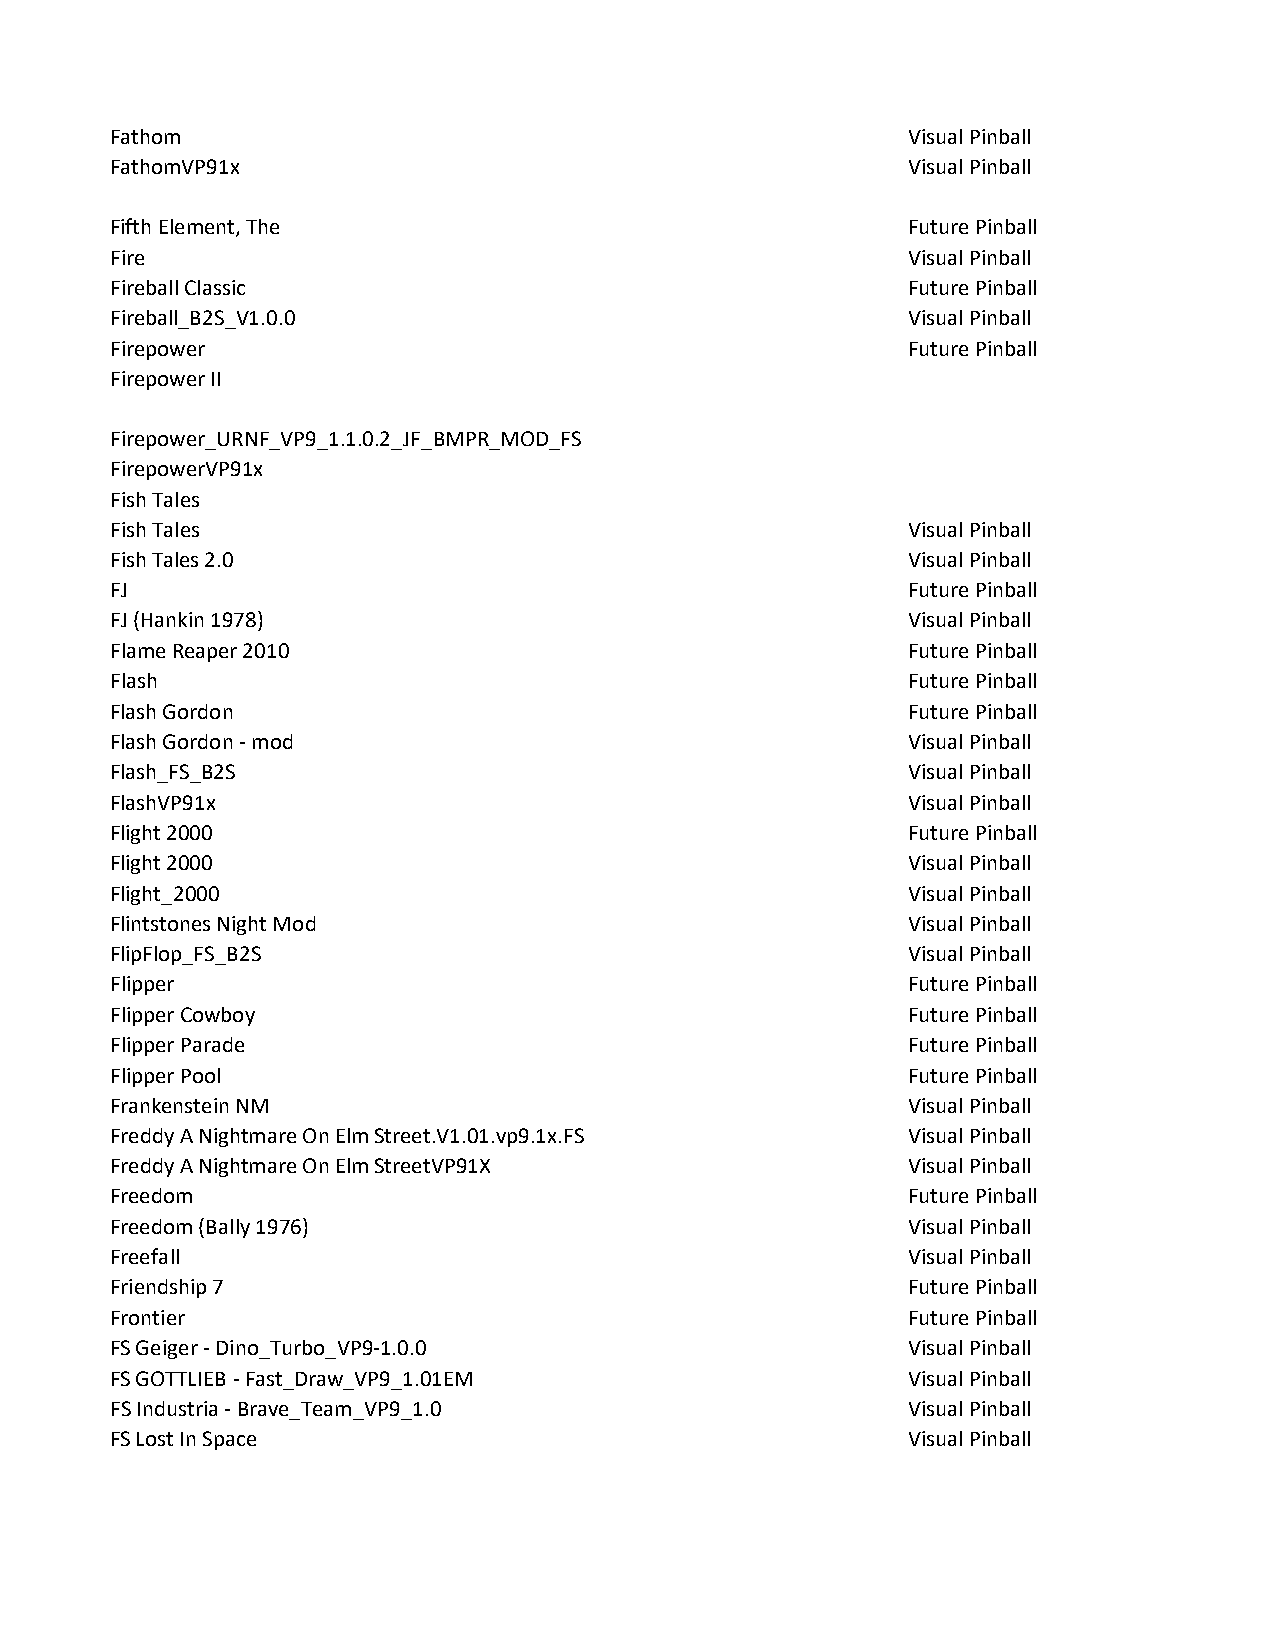
Fathom                                               Visual Pinball
 FathomVP91x                                          Visual Pinball
 Fifth Element, The                                   Future Pinball
 Fire                                                 Visual Pinball
 Fireball Classic                                     Future Pinball
 Fireball_B2S_V1.0.0                                  Visual Pinball
 Firepower                                            Future Pinball
 Firepower II
 Firepower_URNF_VP9_1.1.0.2_JF_BMPR_MOD_FS
 FirepowerVP91x
 Fish Tales
 Fish Tales                                           Visual Pinball
 Fish Tales 2.0                                       Visual Pinball
 FJ                                                   Future Pinball
 FJ (Hankin 1978)                                     Visual Pinball
 Flame Reaper 2010                                    Future Pinball
 Flash                                                Future Pinball
 Flash Gordon                                         Future Pinball
 Flash Gordon - mod                                   Visual Pinball
 Flash_FS_B2S                                         Visual Pinball
 FlashVP91x                                           Visual Pinball
 Flight 2000                                          Future Pinball
 Flight 2000                                          Visual Pinball
 Flight_2000                                          Visual Pinball
 Flintstones Night Mod                                Visual Pinball
 FlipFlop_FS_B2S                                      Visual Pinball
 Flipper                                              Future Pinball
 Flipper Cowboy                                       Future Pinball
 Flipper Parade                                       Future Pinball
 Flipper Pool                                         Future Pinball
 Frankenstein NM                                      Visual Pinball
 Freddy A Nightmare On Elm Street.V1.01.vp9.1x.FS     Visual Pinball
 Freddy A Nightmare On Elm StreetVP91X                Visual Pinball
 Freedom                                              Future Pinball
 Freedom (Bally 1976)                                 Visual Pinball
 Freefall                                             Visual Pinball
 Friendship 7                                         Future Pinball
 Frontier                                             Future Pinball
 FS Geiger - Dino_Turbo_VP9-1.0.0                     Visual Pinball
 FS GOTTLIEB - Fast_Draw_VP9_1.01EM                   Visual Pinball
 FS Industria - Brave_Team_VP9_1.0                    Visual Pinball
 FS Lost In Space                                     Visual Pinball